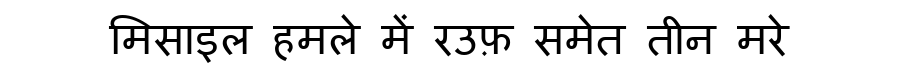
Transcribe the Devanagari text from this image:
मिसाइल हमले में रउफ़ समेत तीन मरे